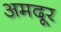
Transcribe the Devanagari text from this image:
अमदूर